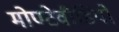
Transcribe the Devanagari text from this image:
मोण्टेवीडियो